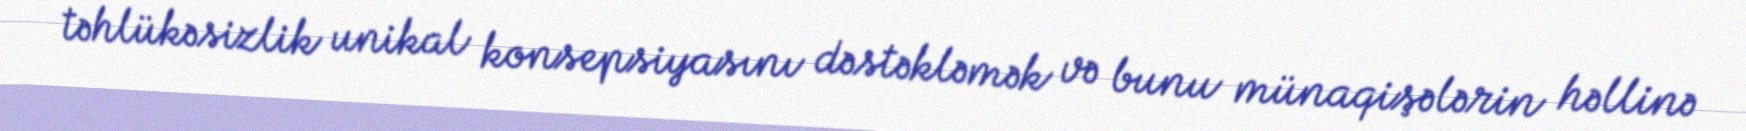
təhlükəsizlik unikal konsepsiyasını dəstəkləmək və bunu münaqişələrin həllinə